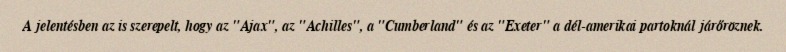
A jelentésben az is szerepelt, hogy az "Ajax", az "Achilles", a "Cumberland" és az "Exeter" a dél-amerikai partoknál járőröznek.